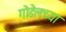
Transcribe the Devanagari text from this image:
गोडेलच्या